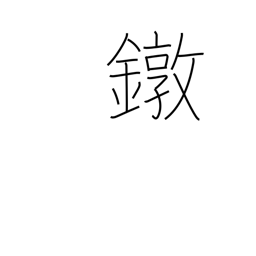
Meaning: ferrule